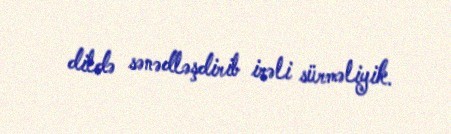
dildə sənədləşdirib irəli sürməliyik.